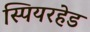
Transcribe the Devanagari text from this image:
स्पियरहेड